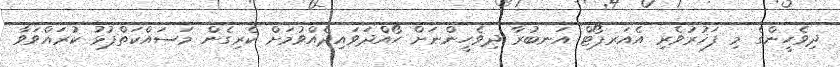
ދިވެހީންގެ މި ފަޚުރުވެރި އެއަރޕޯޓް އަނބުރާ ދިވެހީންނަށް ހޯއްދަވައިދެއްވުމަށް ކެރިގެން މަސައްކަތްޕުޅު ކުރައްވަވާ